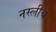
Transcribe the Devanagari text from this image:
नस्लीचे